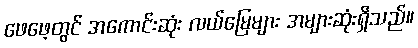
ဖေဖေ့တွင် အကောင်းဆုံး လယ်မြေများ အများဆုံးရှိသည်။